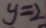
y = 2